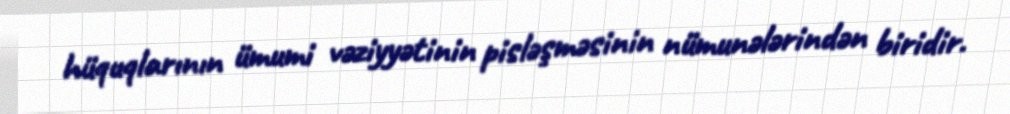
hüquqlarının ümumi vəziyyətinin pisləşməsinin nümunələrindən biridir.